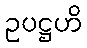
ဥပဋ္ဌဟိ